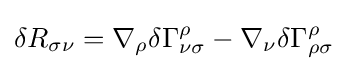
\delta R_{\sigma \nu }=\nabla _{\rho }\delta \Gamma _{\nu \sigma }^{\rho }-\nabla _{\nu }\delta \Gamma _{\rho \sigma }^{\rho }